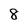
Character: 8